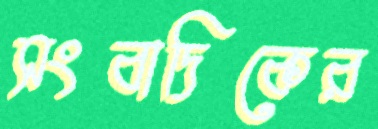
সংবাদিকের